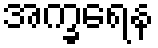
အက္ခရေန